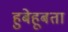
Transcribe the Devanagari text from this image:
हुबेहूबता